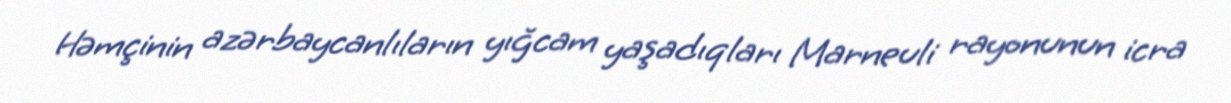
Həmçinin azərbaycanlıların yığcam yaşadıqları Marneuli rayonunun icra